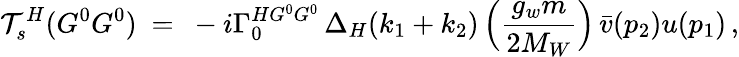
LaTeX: {\cal T}_{s}^{H}(G^{0}G^{0})\ =\ -i\Gamma_{0}^{HG^{0}G^{0}}\, \Delta_{H}(k_{1}+k_{2})\, \Big(\frac{g_{w}m}{2M_{W}}\Big)\, \bar{v}(p_{2})u(p_{1})\, ,